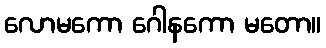
လောမကော ဂေါနကော မတော။